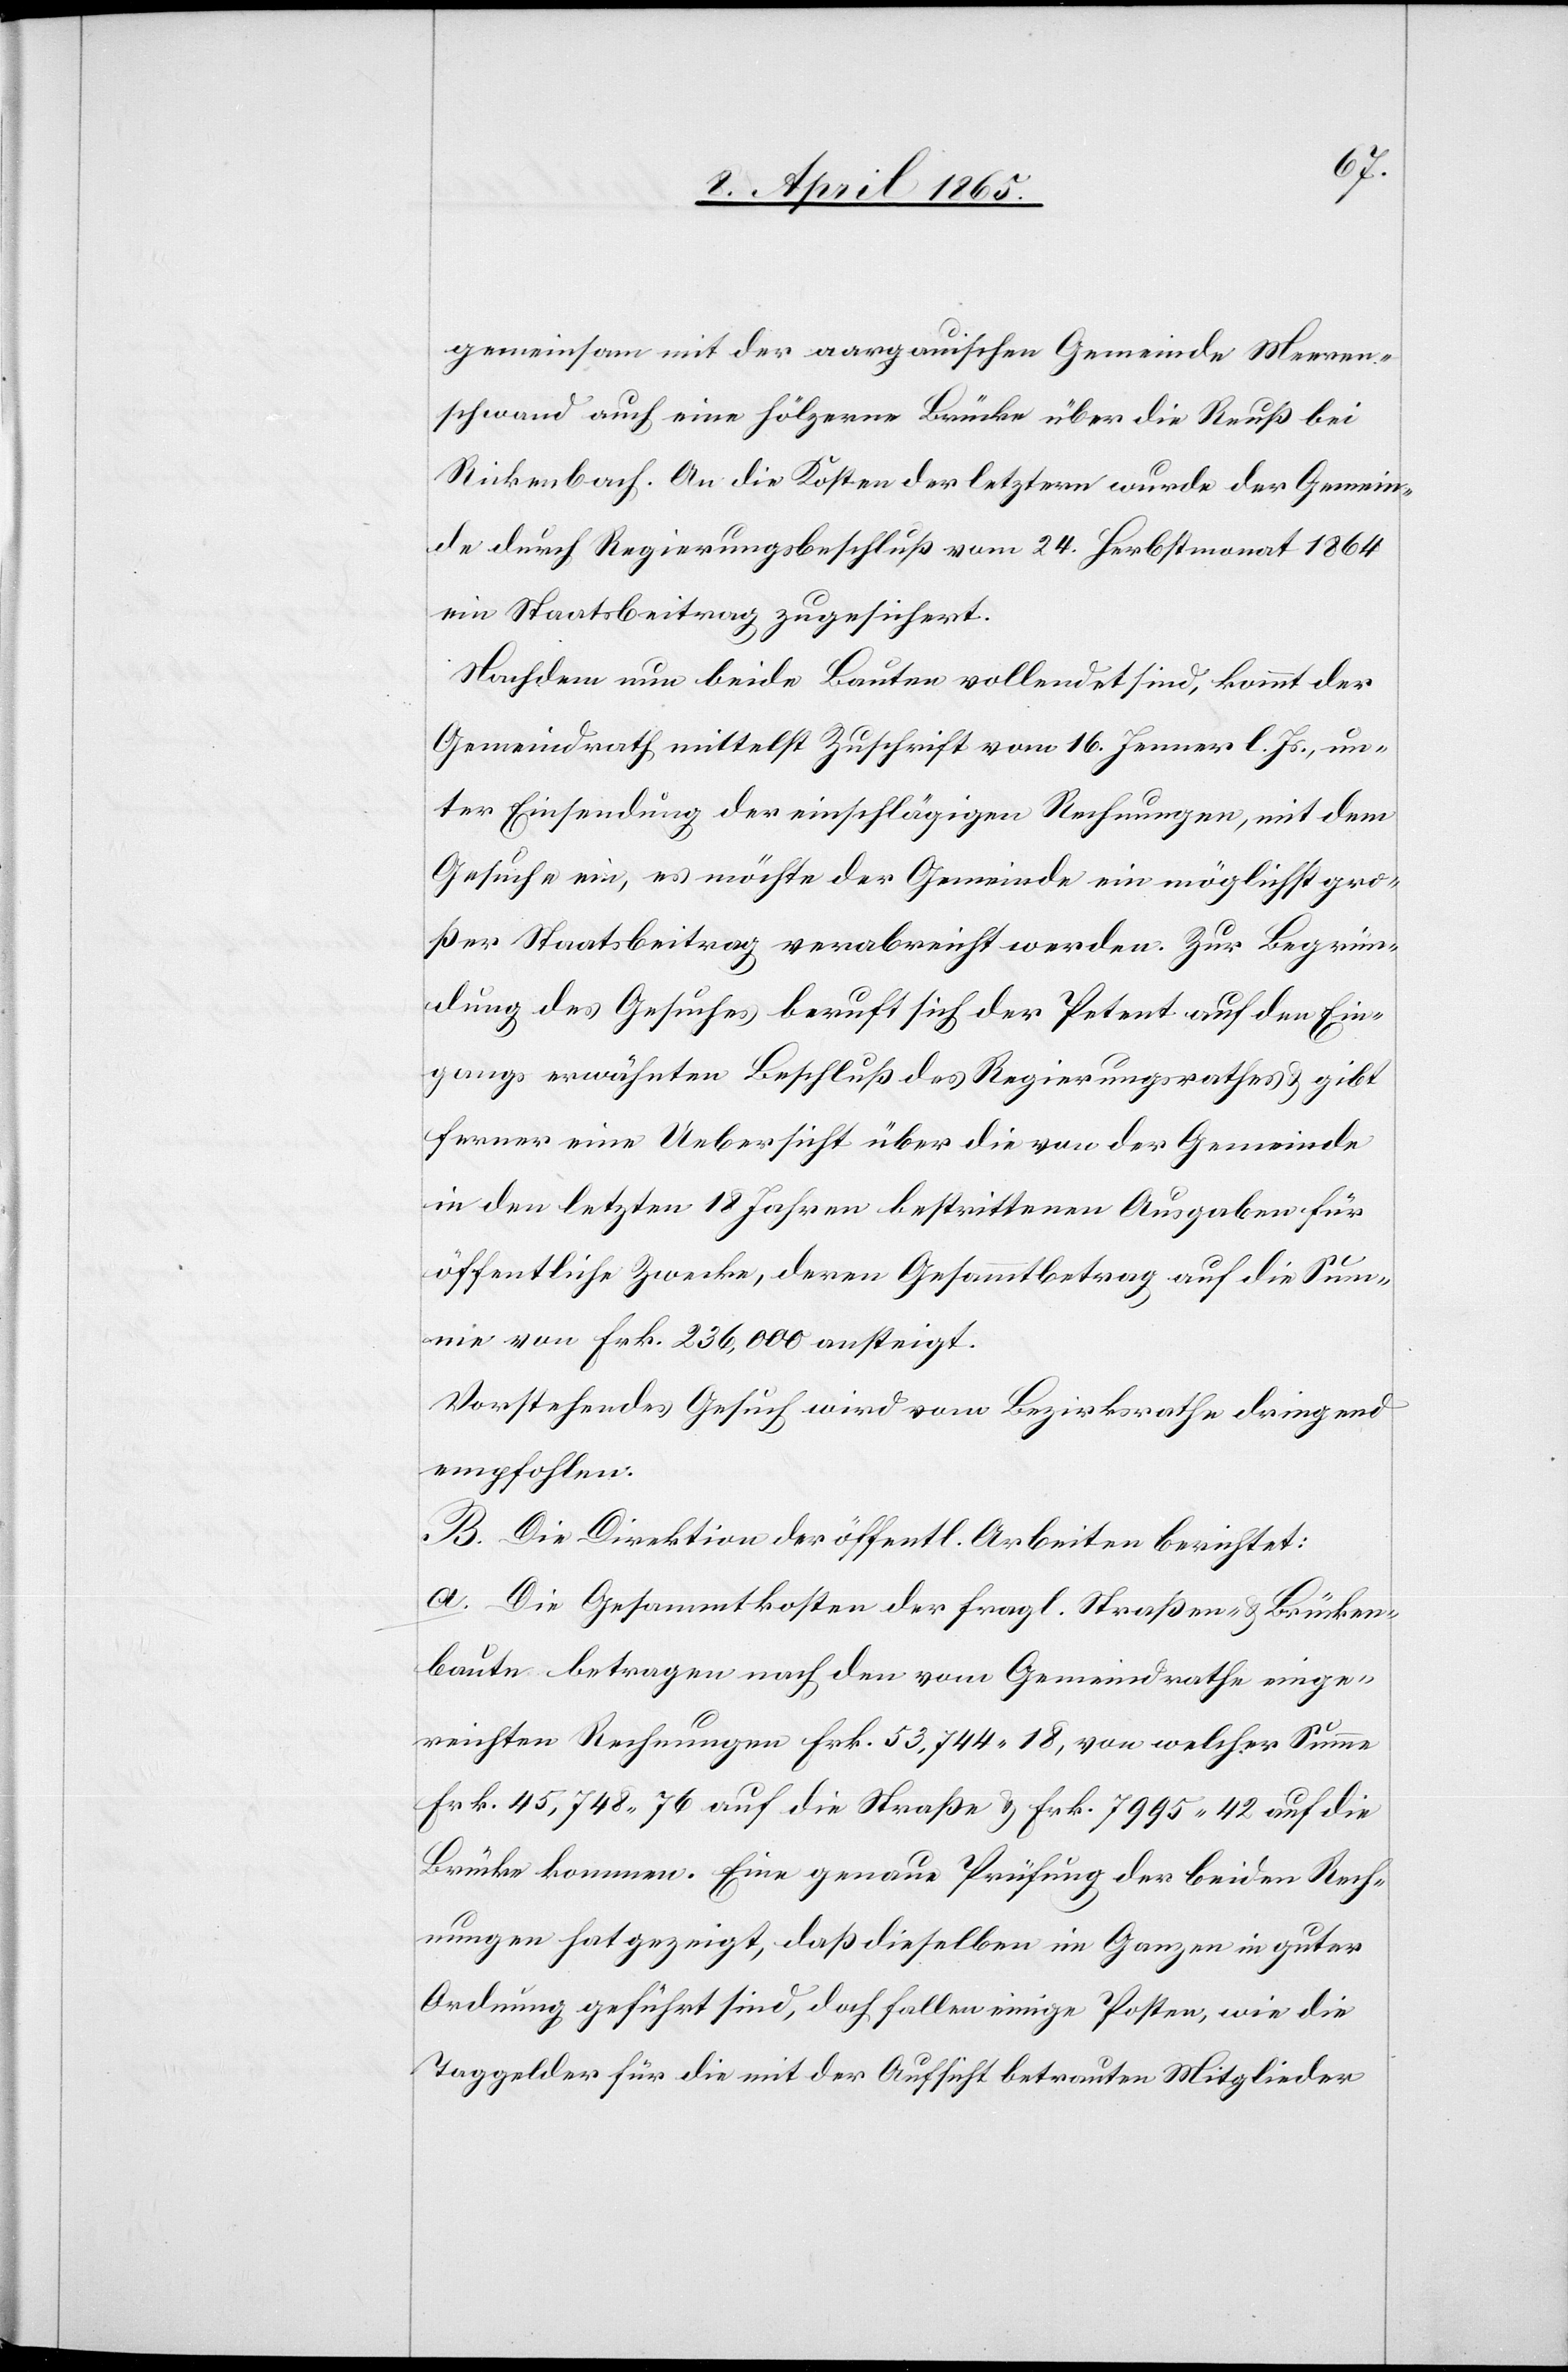
gemeinsam mit der aargauischen Gemeinde Meeren¬
schwand auch eine hölzerne Brücke über die Reuß bei
Rickenbach. An die Kosten der letztern wurde der Gemein¬
de durch Regierungsbeschluß vom 24. Herbstmonat 1864
ein Staatsbeitrag zugesichert.
Nachdem nun beide Bauten vollendet sind, kommt der
Gemeindrath mittelst Zuschrift vom 16. Jenner l. Js., un¬
ter Einsendung der einschlägigen Rechnungen, mit dem
Gesuche ein, es möchte der Gemeinde ein möglichst gro¬
ßer Staatsbeitrag verabreicht werden. Zur Begrün¬
dung des Gesuches beruft sich der Petent auf den Ein¬
gangs erwähnten Beschluß des Regierungsrathes & gibt
ferner eine Uebersicht über die von der Gemeinde
in den letzten 18 Jahren bestrittenen Ausgaben für
öffentliche Zwecke, deren Gesammtbetrag auf die Sum¬
me von Frk. 236,000 ansteigt.
Vorstehendes Gesuch wird vom Bezirksrathe dringend
empfohlen.
B. Die Direktion der öffentl. Arbeiten berichtet:
a. Die Gesammtkosten der fragl. Straßen- & Brücken¬
baute betragen nach den vom Gemeindrathe einge¬
reichten Rechnungen Frk. 53,744 18, von welcher Summe
Frk. 45,748 76 auf die Straße & Frk. 7995 42 auf die
Brücke kommen. Eine genaue Prüfung der beiden Rech¬
nungen hat gezeigt, daß dieselben im Ganzen in guter
Ordnung geführt sind, doch fallen einige Posten, wie die
Taggelder für die mit der Aufsicht betrauten Mitglieder